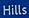
hills